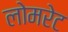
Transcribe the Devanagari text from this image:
लोमरेट